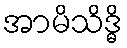
အာမိသိဒ္ဓိ